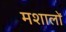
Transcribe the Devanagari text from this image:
मशालों